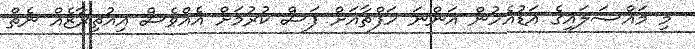
މި މައްސަލައިގެ އަޑުއެހުން އަންނަ ހަފްތާއަށް ފަސް ކުރުމަށް އެއްވެސް އިއުތިރާޒެއް ނެތް